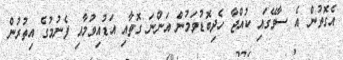
އެގޮތުން އެ ސާވޭގައި ކުއްޖާ ހެދިބޮޑުވަމުން އަންނަ ގޮތާއި އަޑުއިވުމާއި ފެނުމުގެ އިތުރުން